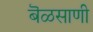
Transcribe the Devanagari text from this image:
बॆळसाणी